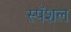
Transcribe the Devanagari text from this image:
स्पॅशल